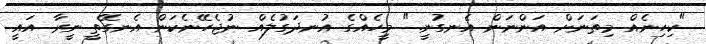
"ކިހިނެއް މިތަނަށް އަންނަން އެނގުނީ." މީހެއްގެ އުނދަގުލެއް ނުޖެހޭނެކަން އެނގޭތީ ނީރާ އައީ